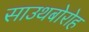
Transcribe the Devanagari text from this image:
साउथबोरोह